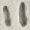
Text: 11